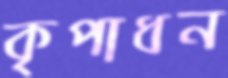
কৃপাধন